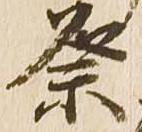
祭